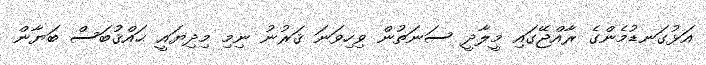
އަޅުގަނޑުމެންގެ ރާއްޖޭގައި މީލާދީ ސަނަތުން ވިހިވަނަ ޤަރުނު ނިމި މިދިޔައީ ޙައްޤުބަސް ބަޔާން